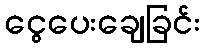
ငွေပေးချေခြင်း